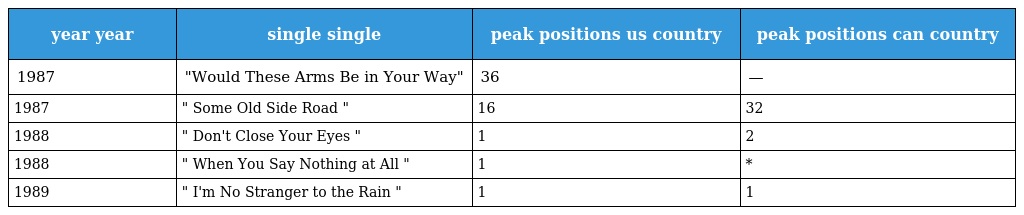
| year year | single single | peak positions us country | peak positions can country |
 | --- | --- | --- | --- |
 | 1987 | "Would These Arms Be in Your Way" | 36 | — |
 | 1987 | " Some Old Side Road " | 16 | 32 |
 | 1988 | " Don't Close Your Eyes " | 1 | 2 |
 | 1988 | " When You Say Nothing at All " | 1 | * |
 | 1989 | " I'm No Stranger to the Rain " | 1 | 1 |